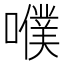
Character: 𡂈